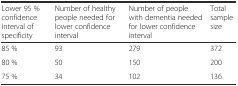
| Lower 95 % confidence interval of specificity | Number of healthy people needed for lower confidence interval | Number of people with dementia needed for lower confidence interval | Total sample size |
 | --- | --- | --- | --- |
 | 85 % | 93 | 279 | 372 |
 | 80 % | 50 | 150 | 200 |
 | 75 % | 34 | 102 | 136 |